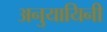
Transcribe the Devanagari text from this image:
अनुयायिनी